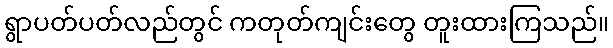
ရွာပတ်ပတ်လည်တွင် ကတုတ်ကျင်းတွေ တူးထားကြသည်။